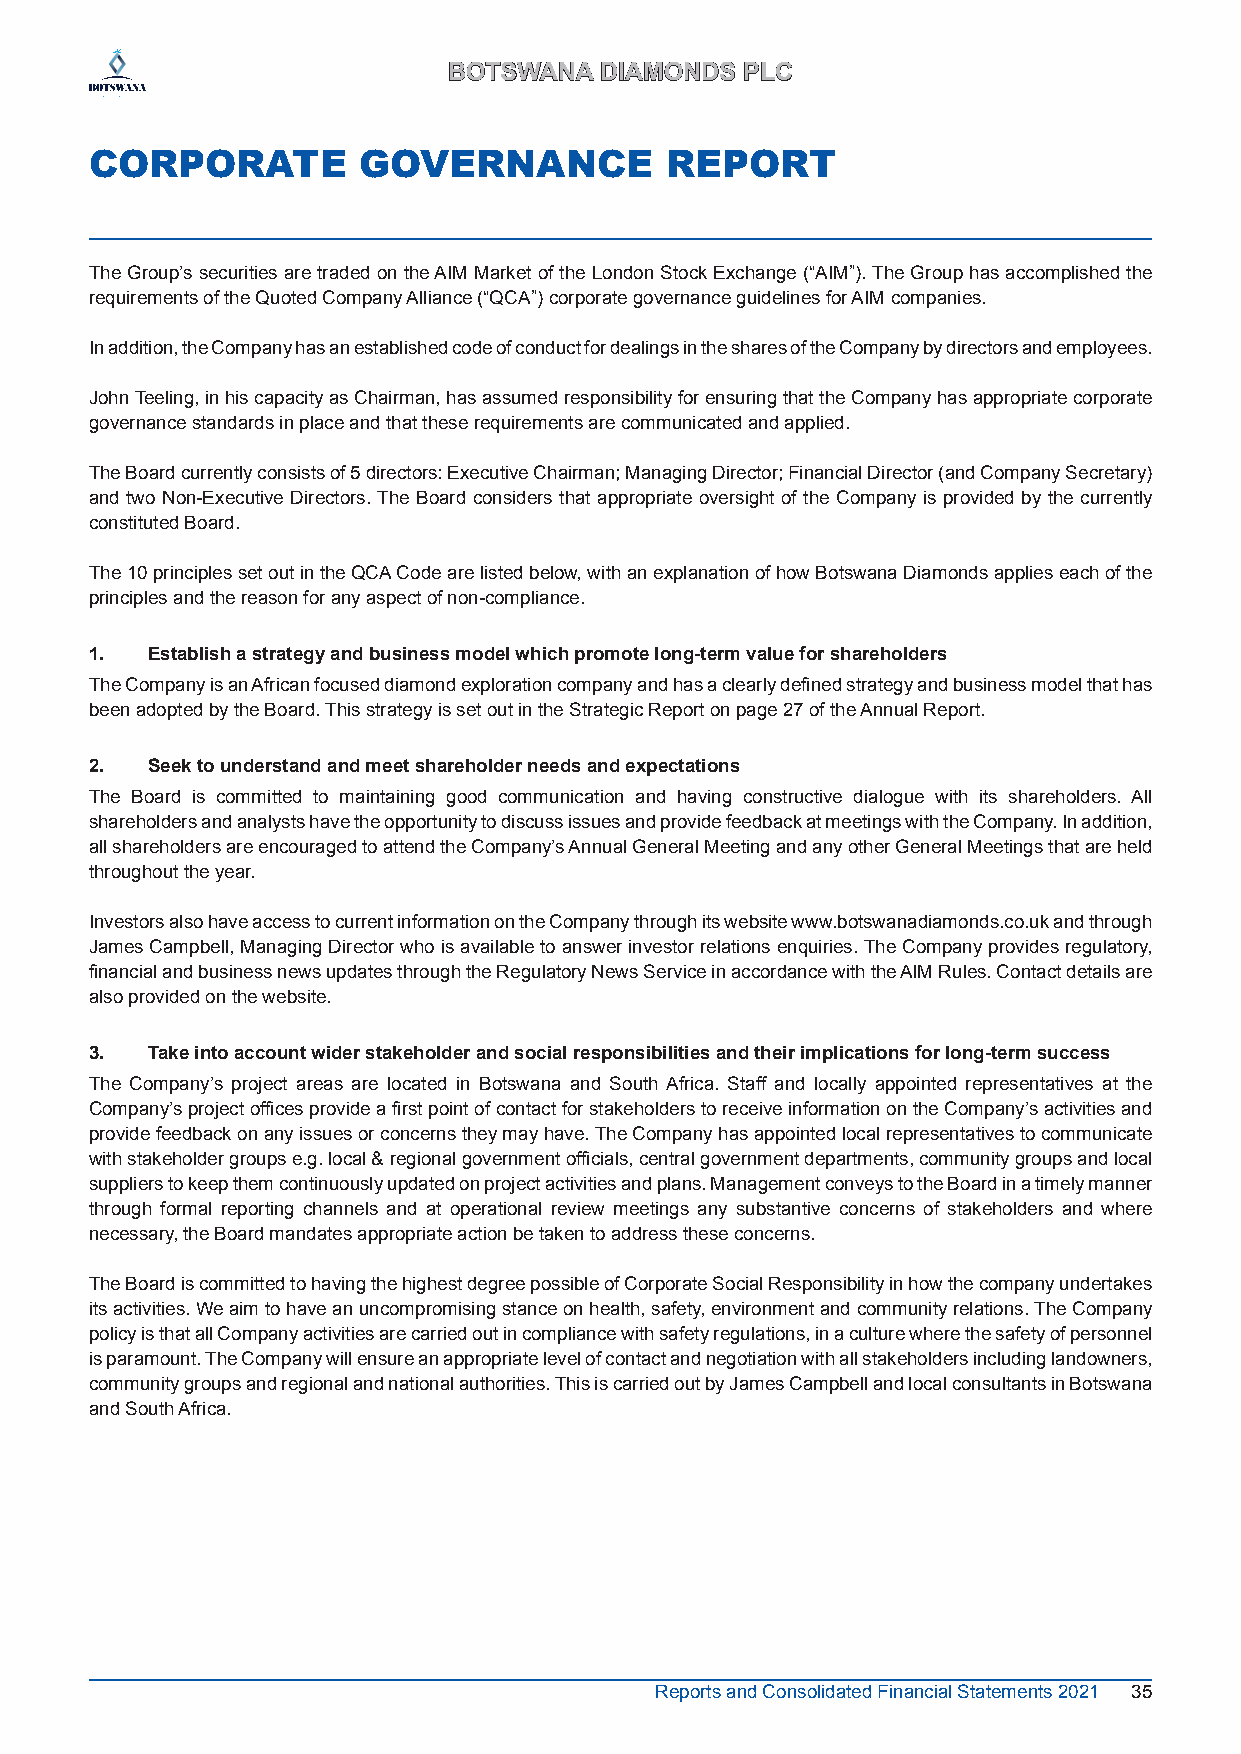
BBOOTTSSWWAANNAA DDIIAAMMOONNDDSS PPLLCC
 CORPORATE         GOVERNANCE          REPORT
 The Group’s securities are traded on the AIM Market of the London Stock Exchange (“AIM”). The Group has accomplished the
 requirements of the Quoted Company Alliance (“QCA”) corporate governance guidelines for AIM companies.
 In addition, the Company has an established code of conduct for dealings in the shares of the Company by directors and employees.
 John Teeling, in his capacity as Chairman, has assumed responsibility for ensuring that the Company has appropriate corporate
 governance standards in place and that these requirements are communicated and applied.
 The Board currently consists of 5 directors: Executive Chairman; Managing Director; Financial Director (and Company Secretary)
 and two Non-Executive Directors. The Board considers that appropriate oversight of the Company is provided by the currently
 constituted Board.
 The 10 principles set out in the QCA Code are listed below, with an explanation of how Botswana Diamonds applies each of the
 principles and the reason for any aspect of non-compliance.
 1.  Establish a strategy and business model which promote long-term value for shareholders
 The Company is an African focused diamond exploration company and has a clearly defined strategy and business model that has
 been adopted by the Board. This strategy is set out in the Strategic Report on page 27 of the Annual Report.
 2.  Seek to understand and meet shareholder needs and expectations
 The Board is committed to maintaining good communication and having constructive dialogue with its shareholders. All
 shareholders and analysts have the opportunity to discuss issues and provide feedback at meetings with the Company. In addition,
 all shareholders are encouraged to attend the Company’s Annual General Meeting and any other General Meetings that are held
 throughout the year.
 Investors also have access to current information on the Company through its website www.botswanadiamonds.co.uk and through
 James Campbell, Managing Director who is available to answer investor relations enquiries. The Company provides regulatory,
 financial and business news updates through the Regulatory News Service in accordance with the AIM Rules. Contact details are
 also provided on the website.
 3.  Take into account wider stakeholder and social responsibilities and their implications for long-term success
 The Company’s project areas are located in Botswana and South Africa. Staff and locally appointed representatives at the
 Company’s project offices provide a first point of contact for stakeholders to receive information on the Company’s activities and
 provide feedback on any issues or concerns they may have. The Company has appointed local representatives to communicate
 with stakeholder groups e.g. local & regional government officials, central government departments, community groups and local
 suppliers to keep them continuously updated on project activities and plans. Management conveys to the Board in a timely manner
 through formal reporting channels and at operational review meetings any substantive concerns of stakeholders and where
 necessary, the Board mandates appropriate action be taken to address these concerns.
 The Board is committed to having the highest degree possible of Corporate Social Responsibility in how the company undertakes
 its activities. We aim to have an uncompromising stance on health, safety, environment and community relations. The Company
 policy is that all Company activities are carried out in compliance with safety regulations, in a culture where the safety of personnel
 is paramount. The Company will ensure an appropriate level of contact and negotiation with all stakeholders including landowners,
 community groups and regional and national authorities. This is carried out by James Campbell and local consultants in Botswana
 and South Africa.
 Reports and Consolidated Financial Statements 2021 35